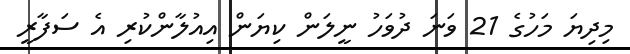
މިދިޔަ މަހުގެ 21 ވަނަ ދުވަހު ނީލަން ކިޔަން އިއުލާންކުރި އެ ސަފާރީ